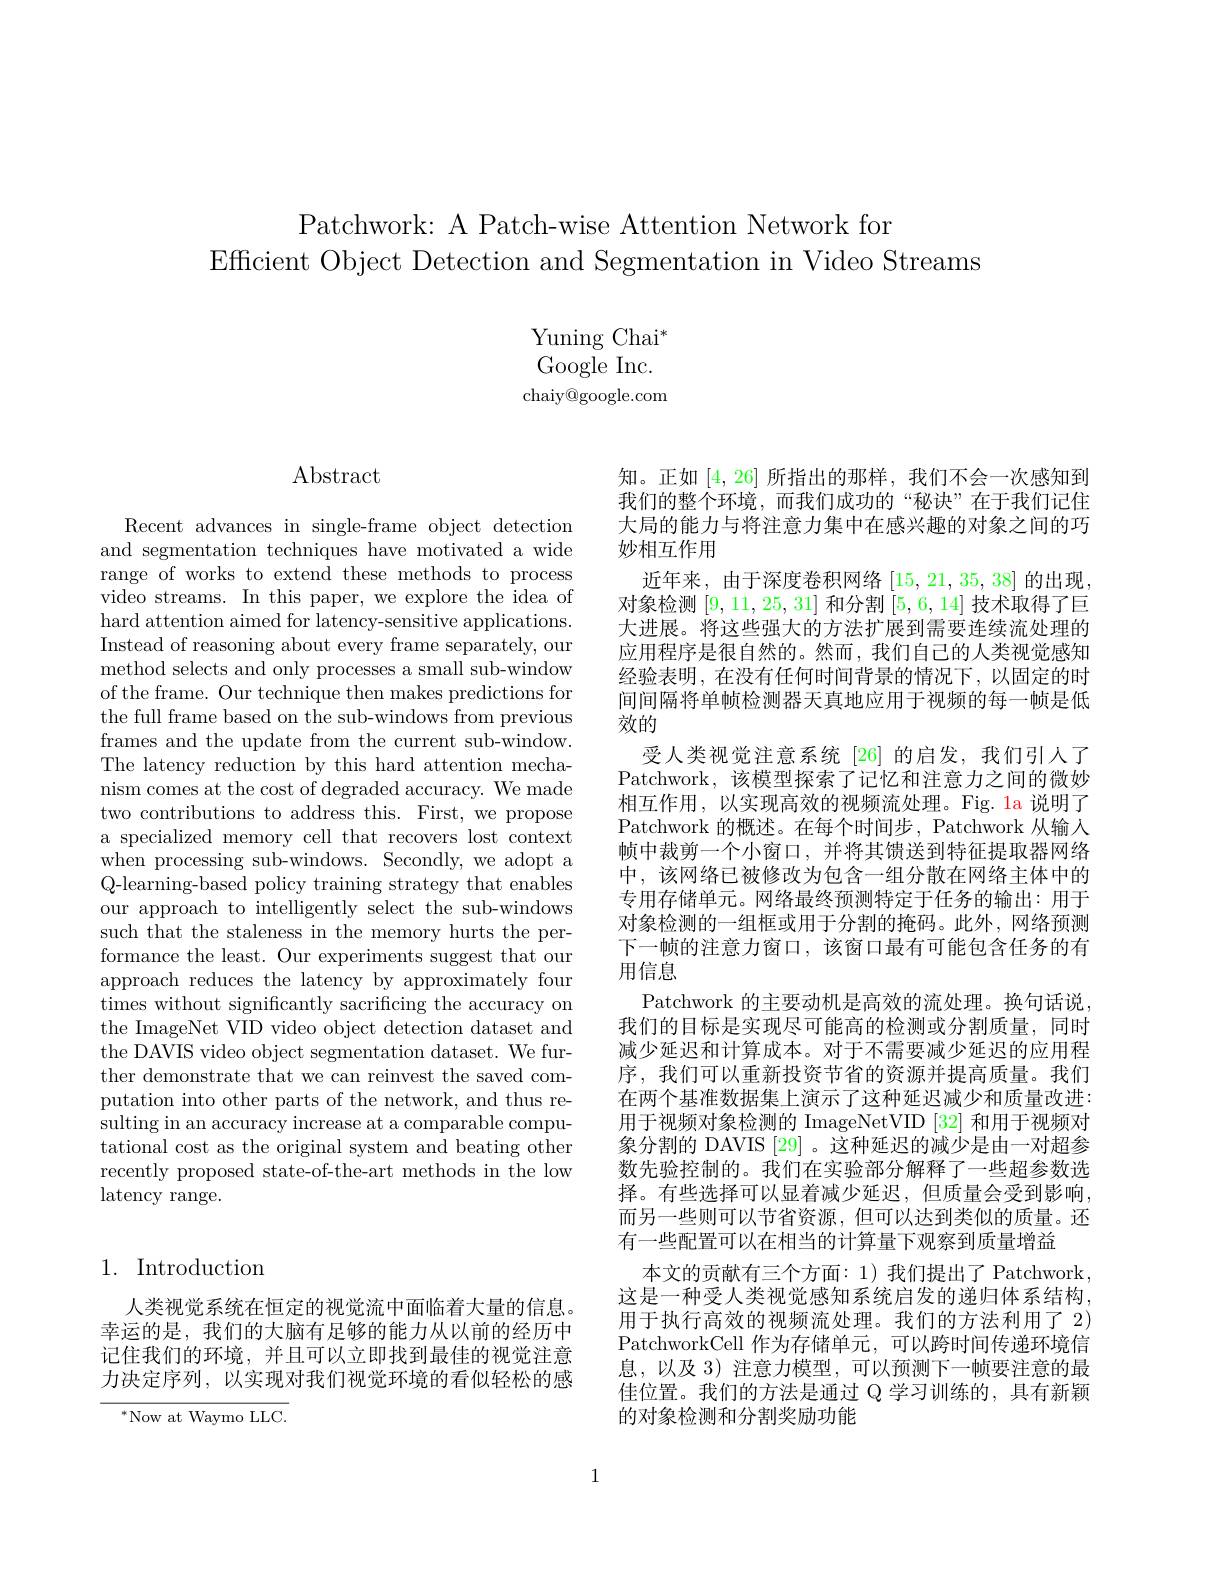
Patchwork: A Patch-wise Attention Network for
Efficient Object Detection and Segmentation in Video Streams

Yuning Chai$^*$ Google Inc. chaiy@google.com

$\operatorname{Abstract}$

Recent advances in single-frame object detection and segmentation techniques have motivated a wide range of works to extend these methods to process video streams. In this paper, we explore the idea of hard attention aimed for latency-sensitive applications. Instead of reasoning about every frame separately, our method selects and only processes a small sub-window of the frame. Our technique then makes predictions for the full frame based on the sub-windows from previous frames and the update from the current sub-window. The latency reduction by this hard attention mechanism comes at the cost of degraded accuracy. We made two contributions to address this. First, we propose a specialized memory cell that recovers lost context when processing sub-windows. Secondly, we adopt a Q-learning-based policy training strategy that enables our approach to intelligently select the sub-windows such that the staleness in the memory hurts the performance the least. Our experiments suggest that our approach reduces the latency by approximately four times without significantly sacrificing the accuracy on the ImageNet VID video object detection dataset and the DAVIS video object segmentation dataset. We further demonstrate that we can reinvest the saved computation into other parts of the network, and thus resulting in an accuracy increase at a comparable computational cost as the original system and beating other recently proposed state-of-the-art methods in the low latency range.

知。正如[4,26]所指出的那样，我们不会一次感知到我们的整个环境，而我们成功的“秘诀”在于我们记住大局的能力与将注意力集中在感兴趣的对象之间的巧妙相互作用
近年来，由于深度卷积网络[15,21,35,38]的出现对象检测[9,11,25,31]和分割[5,6,14]技术取得了巨大进展。将这些强大的方法扩展到需要连续流处理的应用程序是很自然的。然而，我们自己的人类视觉感知经验表明，在没有任何时间背景的情况下，以固定的时间间隔将单帧检测器天真地应用于视频的每一帧是低效的
受人类视觉注意系统 [26] 的启发，我们引人了Patchwork, 该模型探索了记忆和注意力之间的微妙相互作用，以实现高效的视频流处理。Fig. 1a 说明了Patchwork 的概述。在每个时间步，Patchwork 从输入帧中裁剪一个小窗口，并将其馈送到特征提取器网络中，该网络已被修改为包含一组分散在网络主体中的专用存储单元。网络最终预测特定于任务的输出：用于对象检测的一组框或用于分割的掩码。此外，网络预测下一帧的注意力窗口，该窗口最有可能包含任务的有用信息
Patchwork 的主要动机是高效的流处理。换句话说， 我们的目标是实现尽可能高的检测或分割质量，同时减少延迟和计算成本。对于不需要减少延迟的应用程序，我们可以重新投资节省的资源并提高质量。我们在两个基准数据集上演示了这种延迟减少和质量改进： 用于视频对象检测的 ImageNetVID [32] 和用于视频对象分割的 DAVIS [29] 。这种延迟的减少是由一对超参数先验控制的。我们在实验部分解释了一些超参数选择。有些选择可以显着减少延迟，但质量会受到影响， 而另一些则可以节省资源，但可以达到类似的质量。还有一些配置可以在相当的计算量下观察到质量增益
本文的贡献有三个方面：1)我们提出了 Patchwork, 这是一种受人类视觉感知系统启发的递归体系结构， 用于执行高效的视频流处理。我们的方法利用了 2) PatchworkCell 作为存储单元，可以跨时间传递环境信息，以及 3) 注意力模型，可以预测下一帧要注意的最佳位置。我们的方法是通过 Q 学习训练的，具有新颖的对象检测和分割奖励功能

## 1. Introduction

人类视觉系统在恒定的视觉流中面临着大量的信息。幸运的是，我们的大脑有足够的能力从以前的经历中记住我们的环境，并且可以立即找到最佳的视觉注意力决定序列，以实现对我们视觉环境的看似轻松的感

$^{*}$Now at Waymo LLC.

1